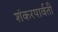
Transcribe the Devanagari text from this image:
शंकरपार्वती